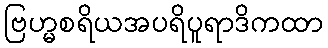
ဗြဟ္မစရိယအပရိပူရာဒိကထာ